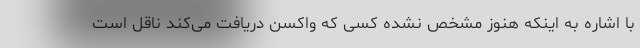
با اشاره به اینکه هنوز مشخص نشده کسی که واکسن دریافت می‌کند ناقل است